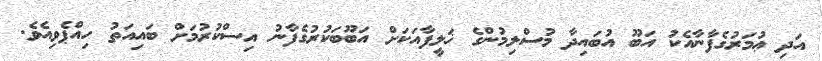
އަދި ޢުމަރުގެފާނާއެކު އަބޫ އުބައިދާ މުސްލިމުންގެ ޚަލީފާއަކަށް އަބޫބަކުރުގެފާނު އިސްކުރުމަށް ބައިއަތު ހިއްޕެވިއެވެ.